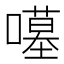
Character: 𱕈